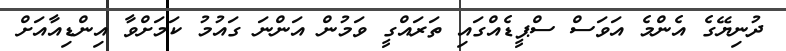
ދުނިޔޭގެ އެންމެ އަވަސް ސްޕީޑެއްގައި ތަރައްގީ ވަމުން އަންނަ ގައުމު ކަމަށްވާ އިންޑިއާއަށް